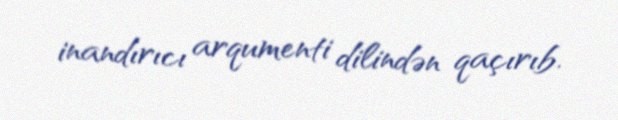
inandırıcı arqumenti dilindən qaçırıb.